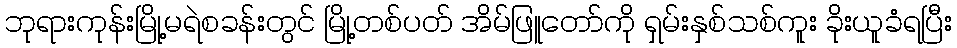
ဘုရားကုန်းမြို့မရဲစခန်းတွင် မြို့တစ်ပတ် အိမ်ဖြူတော်ကို ရှမ်းနှစ်သစ်ကူး ခိုးယူခံရပြီး